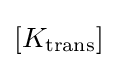
[K_{\text{trans}}]